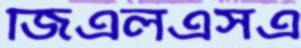
জিএলএসএ